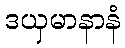
ဒယှမာနာနံ